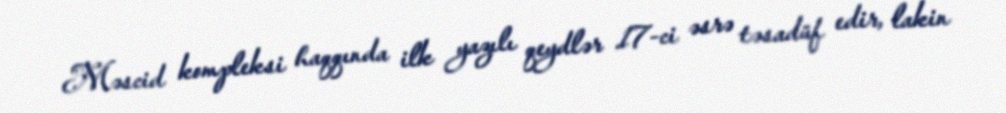
Məscid kompleksi haqqında ilk yazılı qeydlər 17-ci əsrə təsadüf edir, lakin